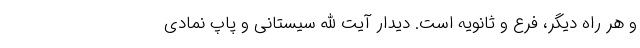
و هر راه دیگر، فرع و ثانویه است. دیدار آیت الله سیستانی و پاپ نمادی